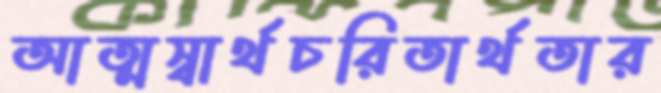
আত্মস্বার্থচরিতার্থতার